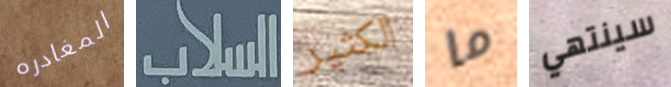
المغادره السلاب الكثير ما سينتهي